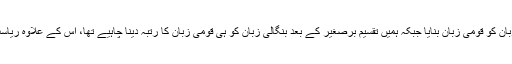
چیئرمین سینیٹ نے کہا کہ ’’ریاست نے جبری طور پر اردو زبان کو قومی زبان بنایا جبکہ ہمیں تقسیم برصغیر کے بعد بنگالی زبان کو ہی قومی زبان کا رتبہ دینا چاہیے تھا، اس کے علاوہ ریاست نے سندھی، بلوچی، پنجابی کو پشتو زبان بننے ہی نہیں دیا‘‘۔